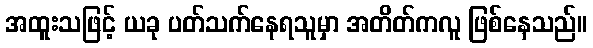
အထူးသဖြင့် ယခု ပတ်သက်နေရသူမှာ အတိတ်ကလူ ဖြစ်နေသည်။